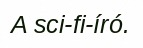
A sci-fi-író.